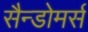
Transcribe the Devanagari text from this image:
सैन्डोमर्स